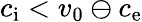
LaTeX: c_{\mathrm{i}}<v_{0}\ominus c_{\mathrm{e}}